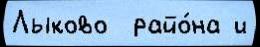
Лыково  райо́на и